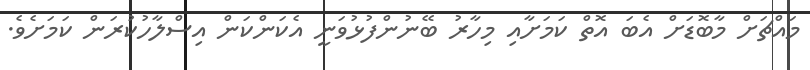
މައްޗަށް މާބޮޑަށް އެބަ އޮތް ކަމަށާއި މިހާރު ބޭނުންފުޅުވަނީ އެކަންކަން އިސްލާހުކުރަން ކަމަށެވެ.